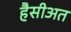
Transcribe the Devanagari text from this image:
हैसीअत